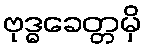
ဗုဒ္ဓခေတ္တမှိ